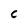
Character: C